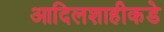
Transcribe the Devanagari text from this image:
आदिलशाहीकडे